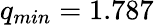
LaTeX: q_{min}=1.787